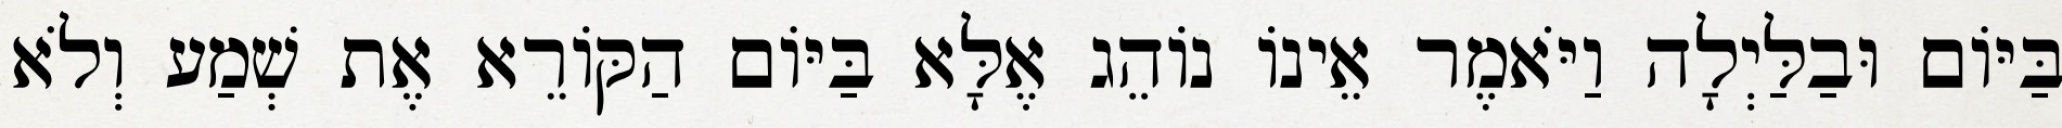
בַּיּוֹם וּבַלַּיְלָה וַיֹּאמֶר אֵינוֹ נוֹהֵג אֶלָּא בַּיּוֹם הַקּוֹרֵא אֶת שְׁמַע וְלֹא